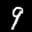
Label: 9